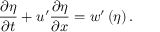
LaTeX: { \frac { \partial \eta } { \partial t } } + u ^ { \prime } { \frac { \partial \eta } { \partial x } } = w ^ { \prime } \left( \eta \right) .